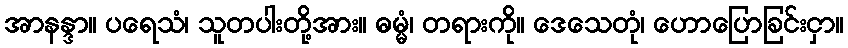
အာနန္ဒာ။ ပရေသံ၊ သူတပါးတို့အား။ ဓမ္မံ၊ တရားကို။ ဒေသေတုံ၊ ဟောပြောခြင်းငှာ။